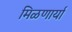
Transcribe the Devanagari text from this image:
मिळणार्या